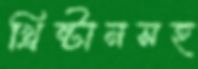
খ্রিষ্টানসহ